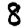
Digit: 8